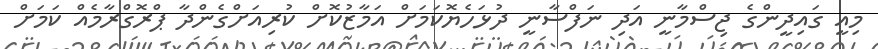
މިއީ ގައިދީންގެ ޖިސްމާނީ އަދި ނަފްސާނީ ދުޅަހެޔޮކަމަށް އަމާޒުކޮށް ކުރިއަށްގެންދާ ޕްރޮގްރާމެއް ކަމަށް